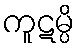
ကူဋမ္ပိ